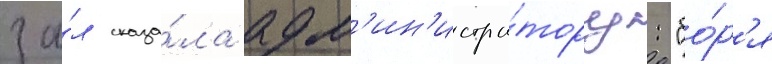
за́л сказа́ла адм'ин'истра́тору: "бо́р'я